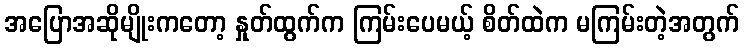
အပြောအဆိုမျိုးကတော့ နှုတ်ထွက်က ကြမ်းပေမယ့် စိတ်ထဲက မကြမ်းတဲ့အတွက်